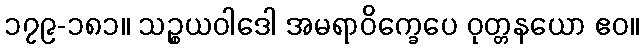
၁၇၉-၁၈၁။ သဉ္စယဝါဒေါ အမရာဝိက္ခေပေ ဝုတ္တနယော ဧဝ။